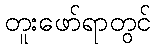
တူးဖော်ရာတွင်